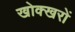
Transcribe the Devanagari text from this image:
खोक्खरों